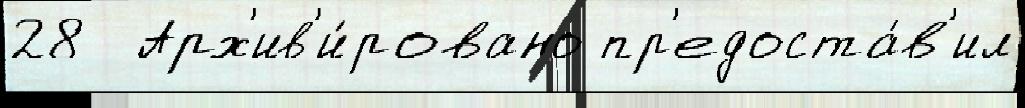
28  Арх'ив'и́ровано пр'едоста́в'ил